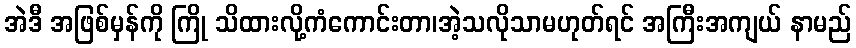
အဲဒီ အဖြစ်မှန်ကို ကြို သိထားလို့ကံကောင်းတာ၊အဲ့သလိုသာမဟုတ်ရင် အကြီးအကျယ် နာမည်